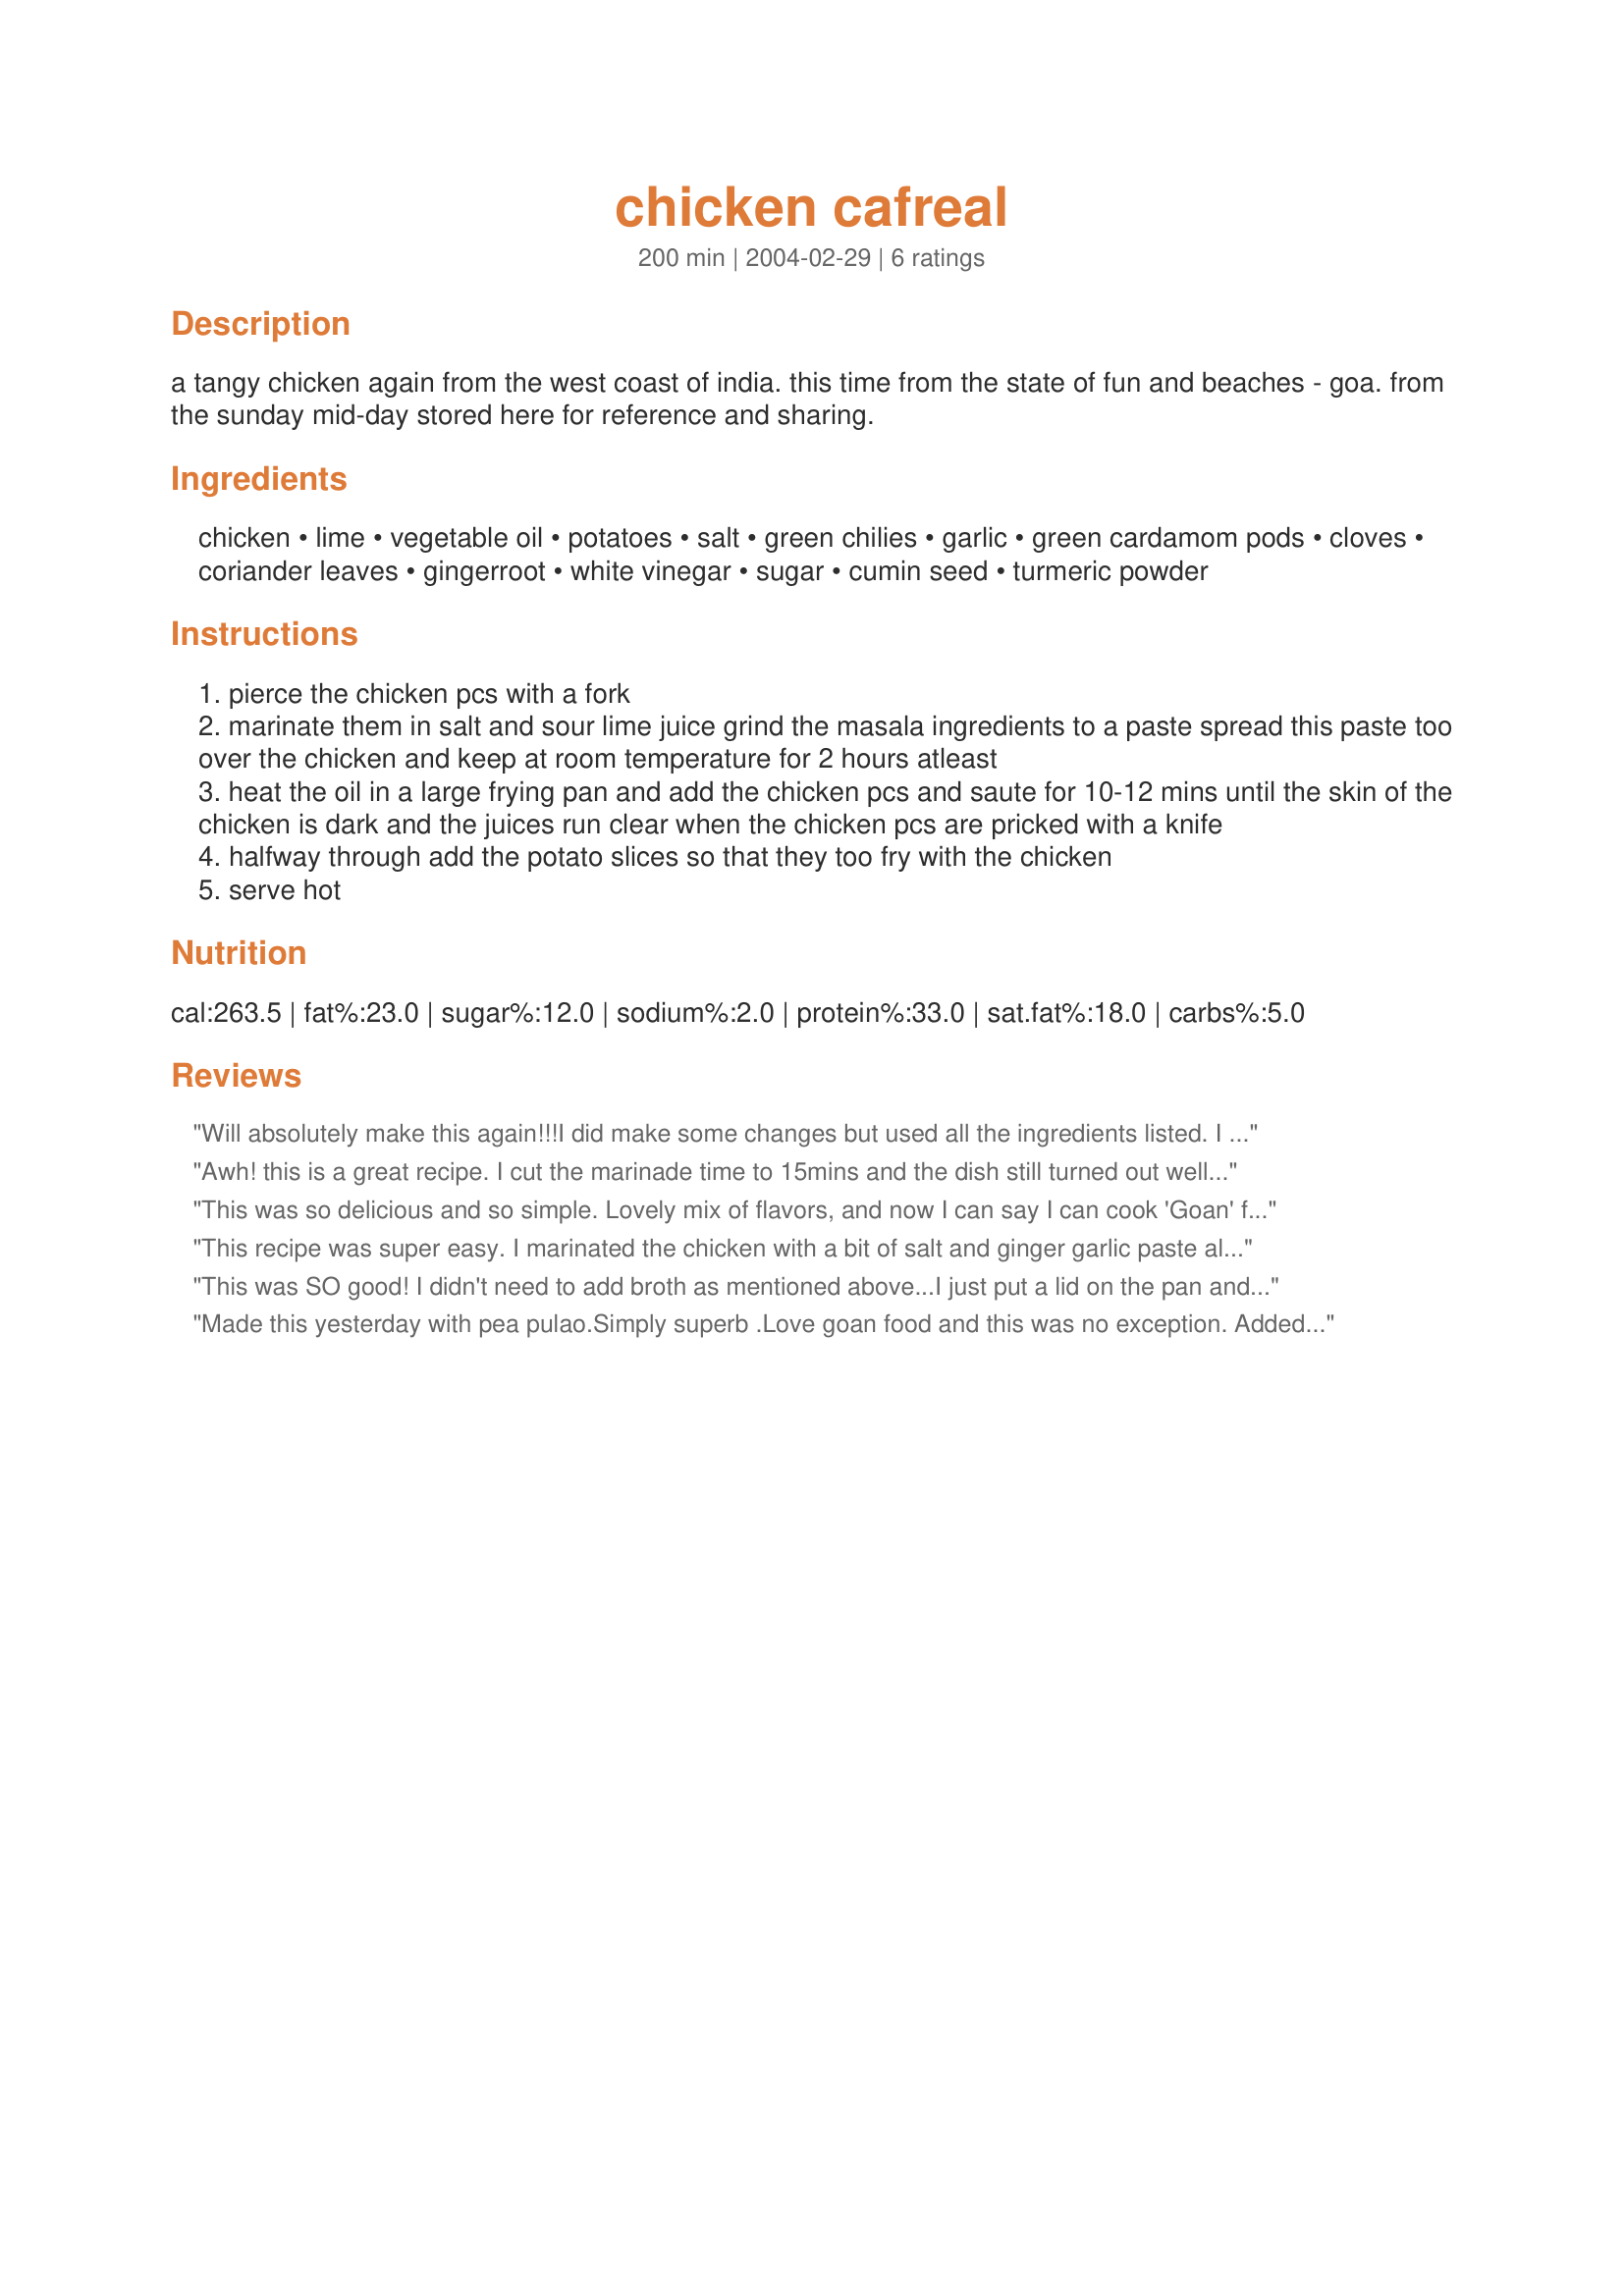
chicken cafreal
Preparation time: 200 minutes

a tangy chicken again from the west coast of india. this time from the state of fun and beaches - goa. from the sunday mid-day stored here for reference and sharing.

Ingredients:
chicken, lime, vegetable oil, potatoes, salt, green chilies, garlic, green cardamom pods, cloves, coriander leaves, gingerroot, white vinegar, sugar, cumin seed, turmeric powder

Steps:
pierce the chicken pcs with a fork
marinate them in salt and sour lime juice grind the masala ingredients to a paste spread this paste too over the chicken and keep at room temperature for 2 hours atleast
heat the oil in a large frying pan and add the chicken pcs and saute for 10-12 mins until the skin of the chicken is dark and the juices run clear when the chicken pcs are pricked with a knife
halfway through add the potato slices so that they too fry with the chicken
serve hot

Reviews:
Will absolutely make this again!!!I did make some changes but used all the ingredients listed.
I made for the two of us, I used half the amount of chicken and added instead some finely chopped green beans, about 1 cup. I increased the cooking time and I let it simmer for about 40 minutes on low after browning, added about 3/4 cup of chicken broth, bit by bit, the potatoes soaked up the broth.
It ended up with a nice coating of sauce which tasted wonderful!! It was quite spicy for me but it was also a very fresh clean taste.
I served it with cucumber raita, chopped mango and naan bread...
Thanks for posting!!!

Awh! this is a great recipe. I cut the marinade time to 15mins and the dish still turned out well. Its so simple to make and a pleasure to dig into. Served it with hot rotis. Was a delight! Sure will be a regular at our household.
This was so delicious and so simple. Lovely mix of flavors, and now I can say I can cook 'Goan' food! :) Only thing- we had to cook the chicken for at least double the time indicated. Beyond that, superb recipe- you are one of my fav. chefs!
This recipe was super easy. I marinated the chicken with a bit of salt and ginger garlic paste along with the sour lime.My husband loved it. Will surely make it for the family again and again
This was SO good! I didn't need to add broth as mentioned above...I just put a lid on the pan and let the steam make enough water to keep it from sticking. We will definatly have this again!
Made this yesterday with pea pulao.Simply superb .Love goan food and this was no exception. Added curry leaves and red chillies . Tasted simply out of this world. Thanks for the recipe Fay.
